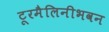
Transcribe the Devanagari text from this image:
टूरमैलिनीभवन